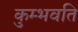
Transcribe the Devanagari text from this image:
कुम्भवति